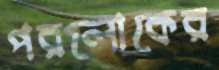
পরলোকের